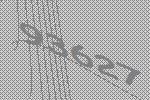
93627